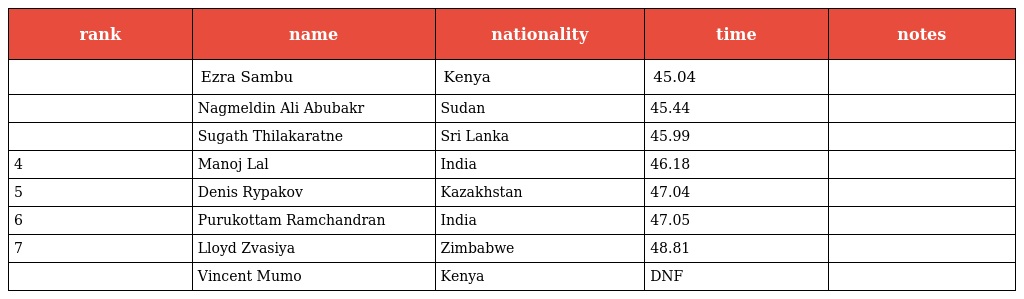
| rank | name | nationality | time | notes |
 | --- | --- | --- | --- | --- |
 |  | Ezra Sambu | Kenya | 45.04 |  |
 |  | Nagmeldin Ali Abubakr | Sudan | 45.44 |  |
 |  | Sugath Thilakaratne | Sri Lanka | 45.99 |  |
 | 4 | Manoj Lal | India | 46.18 |  |
 | 5 | Denis Rypakov | Kazakhstan | 47.04 |  |
 | 6 | Purukottam Ramchandran | India | 47.05 |  |
 | 7 | Lloyd Zvasiya | Zimbabwe | 48.81 |  |
 |  | Vincent Mumo | Kenya | DNF |  |